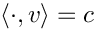
\langle \cdot , v \rangle = c